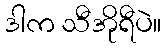
ဒါက သီအိုရီပဲ။